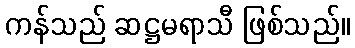
ကန်သည် ဆဋ္ဌမရာသီ ဖြစ်သည်။